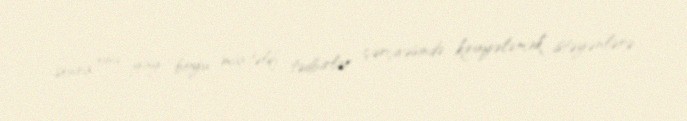
sonra onu yay boyu müxtəlif tədbirlər çərçivəsində kirayələmək istəyənlərə